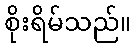
စိုးရိမ်သည်။